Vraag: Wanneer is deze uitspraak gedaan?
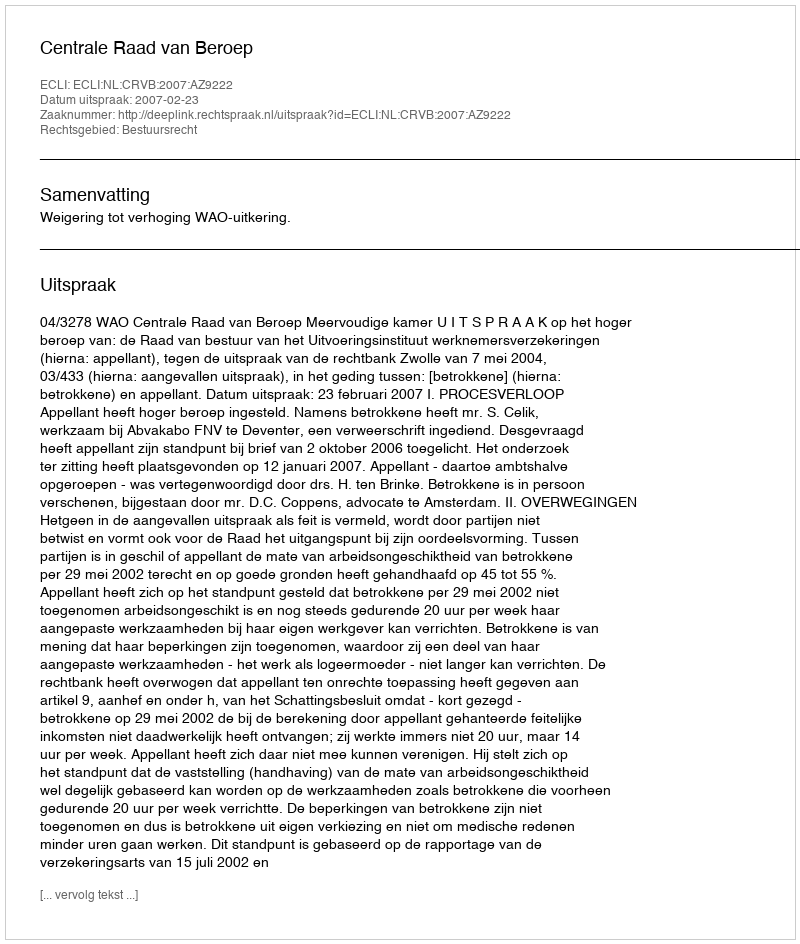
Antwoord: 2007-02-23